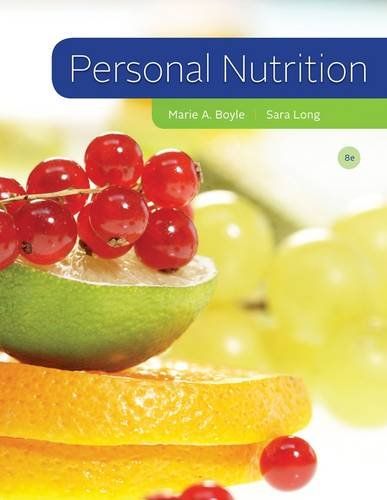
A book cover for Personal Nutrition; Marie A. Boyle; Medical Books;